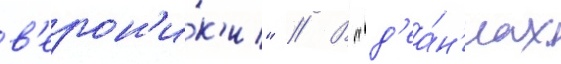
в'ерон'и́к'и" // В "д'еа́н'иах